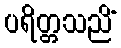
ပရိတ္တသညိံ